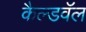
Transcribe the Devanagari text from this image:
कैल्डवॅल